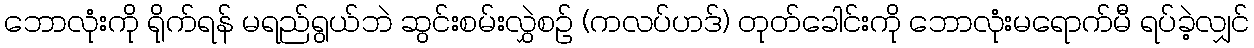
ဘောလုံးကို ရိုက်ရန် မရည်ရွယ်ဘဲ ဆွင်းစမ်းလွှဲစဉ် (ကလပ်ဟဒ်) တုတ်ခေါင်းကို ဘောလုံးမရောက်မီ ရပ်ခဲ့လျှင်